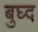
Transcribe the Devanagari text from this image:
बुघ्‍द